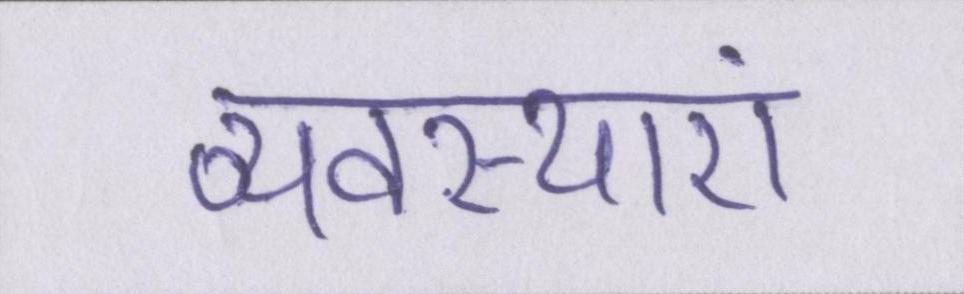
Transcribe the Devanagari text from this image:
व्यवस्थाएं